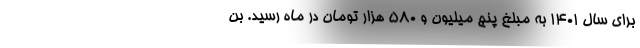
برای سال ۱۴۰۱ به مبلغ پنج میلیون و ۵۸۰ هزار تومان در ماه رسید. بن